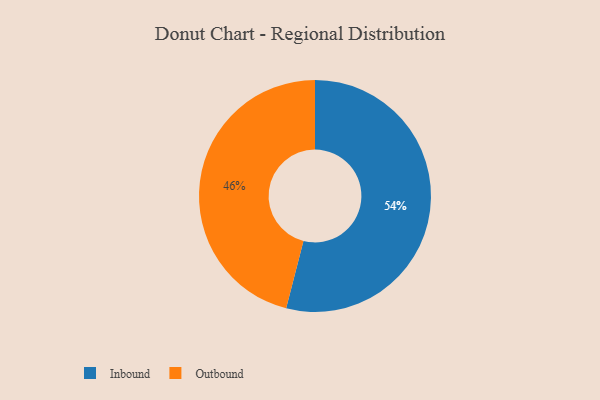
{"axis": {"x": "Category", "y": "Percentage"}, "legend": ["Inbound", "Outbound"], "data": [{"x": "Inbound", "y": 54, "type": "Inbound"}, {"x": "Outbound", "y": 46, "type": "Outbound"}]}